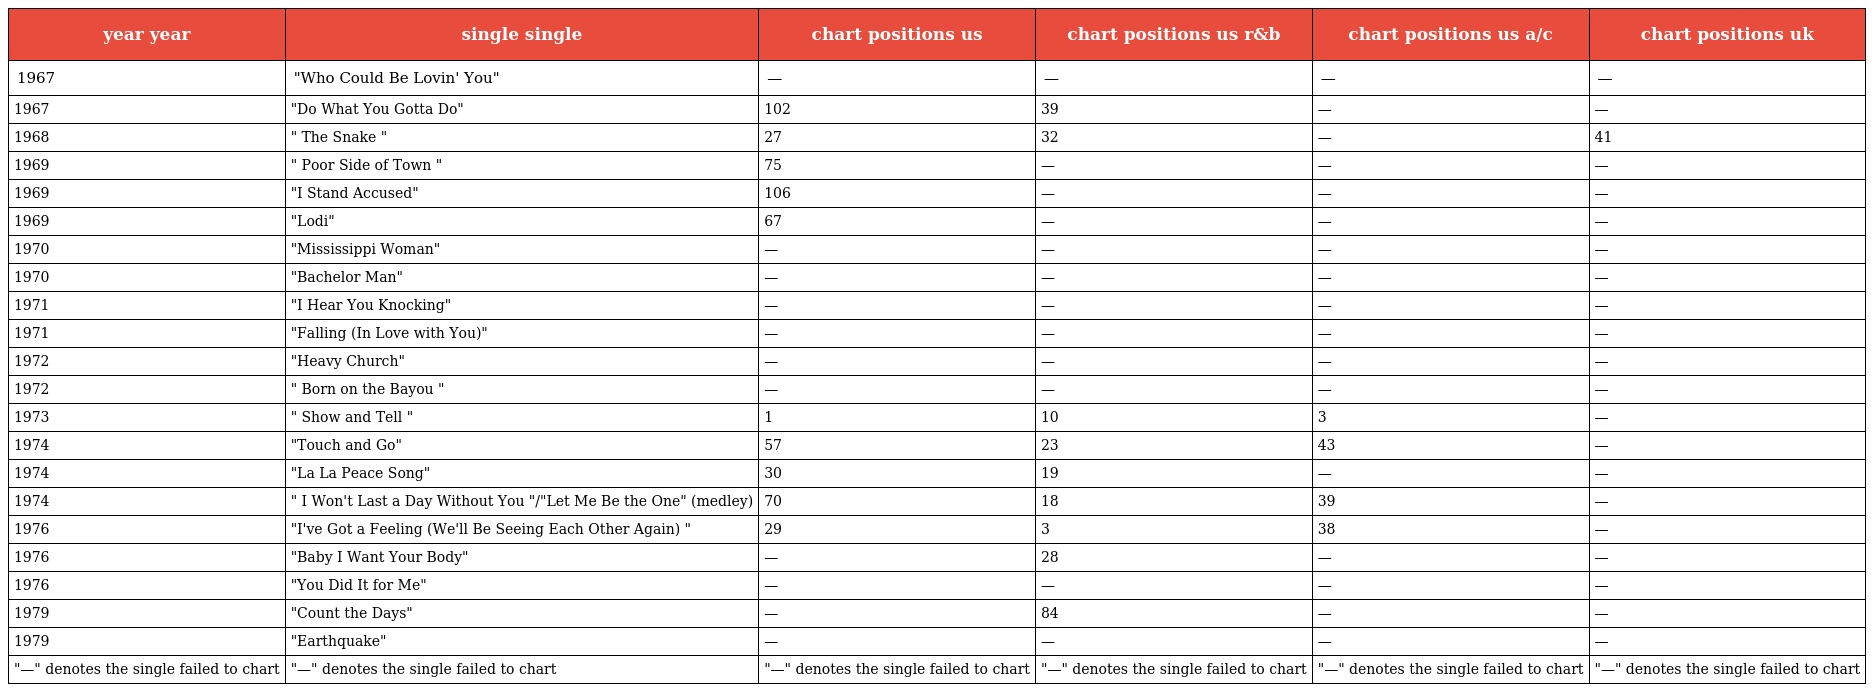
| year year | single single | chart positions us | chart positions us r&b | chart positions us a/c | chart positions uk |
 | --- | --- | --- | --- | --- | --- |
 | 1967 | "Who Could Be Lovin' You" | — | — | — | — |
 | 1967 | "Do What You Gotta Do" | 102 | 39 | — | — |
 | 1968 | " The Snake " | 27 | 32 | — | 41 |
 | 1969 | " Poor Side of Town " | 75 | — | — | — |
 | 1969 | "I Stand Accused" | 106 | — | — | — |
 | 1969 | "Lodi" | 67 | — | — | — |
 | 1970 | "Mississippi Woman" | — | — | — | — |
 | 1970 | "Bachelor Man" | — | — | — | — |
 | 1971 | "I Hear You Knocking" | — | — | — | — |
 | 1971 | "Falling (In Love with You)" | — | — | — | — |
 | 1972 | "Heavy Church" | — | — | — | — |
 | 1972 | " Born on the Bayou " | — | — | — | — |
 | 1973 | " Show and Tell " | 1 | 10 | 3 | — |
 | 1974 | "Touch and Go" | 57 | 23 | 43 | — |
 | 1974 | "La La Peace Song" | 30 | 19 | — | — |
 | 1974 | " I Won't Last a Day Without You "/"Let Me Be the One" (medley) | 70 | 18 | 39 | — |
 | 1976 | "I've Got a Feeling (We'll Be Seeing Each Other Again) " | 29 | 3 | 38 | — |
 | 1976 | "Baby I Want Your Body" | — | 28 | — | — |
 | 1976 | "You Did It for Me" | — | — | — | — |
 | 1979 | "Count the Days" | — | 84 | — | — |
 | 1979 | "Earthquake" | — | — | — | — |
 | "—" denotes the single failed to chart | "—" denotes the single failed to chart | "—" denotes the single failed to chart | "—" denotes the single failed to chart | "—" denotes the single failed to chart | "—" denotes the single failed to chart |